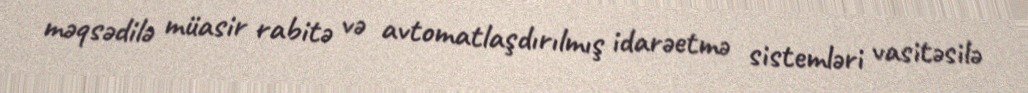
məqsədilə müasir rabitə və avtomatlaşdırılmış idarəetmə sistemləri vasitəsilə